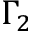
\Gamma _ { 2 }